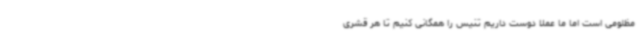
مظلومی است اما ما عملا دوست داریم تنیس را همگانی کنیم تا هر قشری